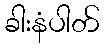
ခါးနံပါတ်